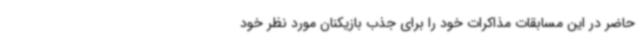
حاضر در این مسابقات مذاکرات خود را برای جذب بازیکنان مورد نظر خود